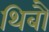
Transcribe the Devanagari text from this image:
थिबौ